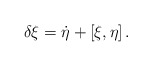
\begin{align*}\delta \xi =\dot{\eta}+\left[ \xi ,\eta \right] . \end{align*}